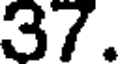
37.